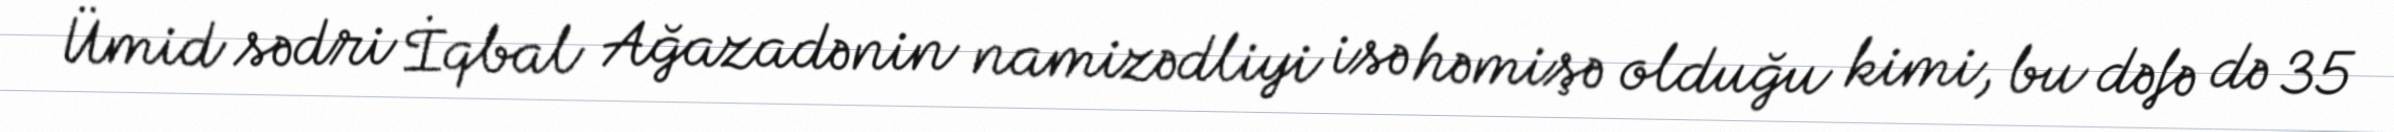
Ümid sədri İqbal Ağazadənin namizədliyi isə həmişə olduğu kimi, bu dəfə də 35